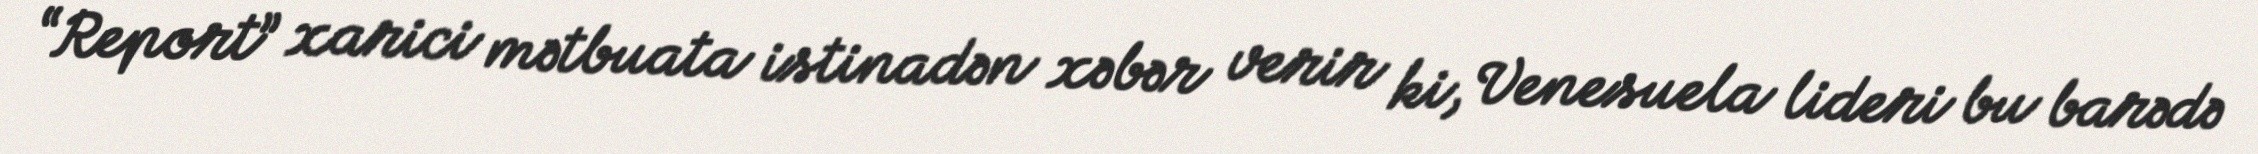
“Report” xarici mətbuata istinadən xəbər verir ki, Venesuela lideri bu barədə